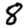
Digit: 8